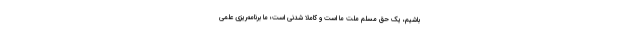
باشیم، یک حق مسلم ملت ما است و کاملاً شدنی است؛ ما برنامه‌ریزی علمی